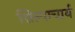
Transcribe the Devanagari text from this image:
शिल्पाचार्य